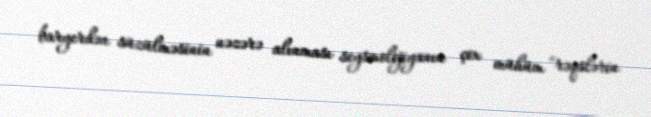
baryerdən süzülməsinin nəzərə alınması seysmolojiyanın çox mühüm "rəqslərin